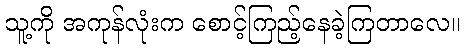
သူ့ကို အကုန်လုံးက စောင့်ကြည့်နေခဲ့ကြတာလေ။